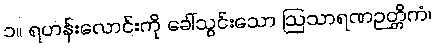
၁။ ရဟန်းလောင်းကို ခေါ်သွင်းသော ဩသာရဏဉတ္တိကံ၊